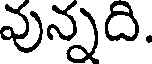
వున్నది.